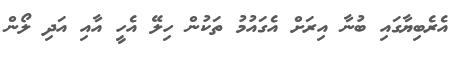
އެރެބިޔާގައި ބުނާ އިރަށް އެގައުމު ތަކުން ހިލޭ އެހީ އާއި އަދި ލޯން